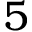
5